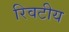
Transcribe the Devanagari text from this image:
रिवटीय